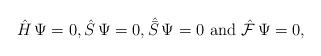
LaTeX: \begin{align*}\hat H \, \Psi =0, \hat S \, \Psi =0, {\hat{\bar{S}}}\, \Psi = 0 \,\, {\rm and} \,\,\hat{\cal F} \, \Psi =0 ,\end{align*}